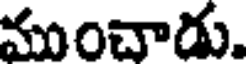
ముంచాడు.